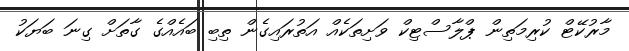
މާރުކޭޓް ކުރިމަތިން ޕްލާސްޓިކް ވަށިތަކެއް އަތުރައިގެން ތިބި ބައެއްގެ ގާތަށް ގިނަ ބަޔަކު